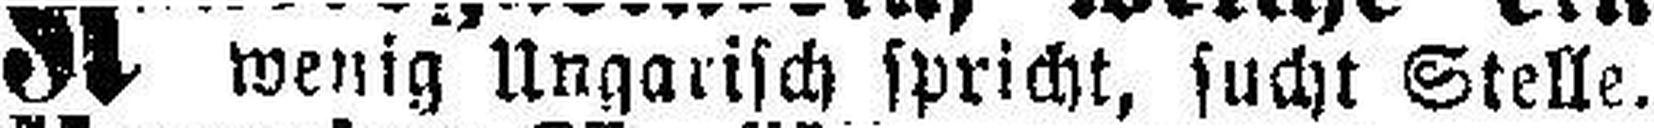
wenig Ungarisch spricht, sucht Stelle.